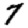
Digit: 7